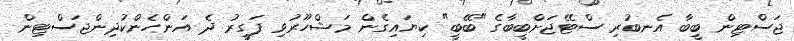
ޖަސްޓިން ބީބާ އެނބުރި ސްޓޭޖަށްބީބާގެ "ބޭބީ" ކިޔައިގެން މަޝްހޫރުވި ފަގީރު ދެ އަންހެންކުދިންޖަސްޓިން